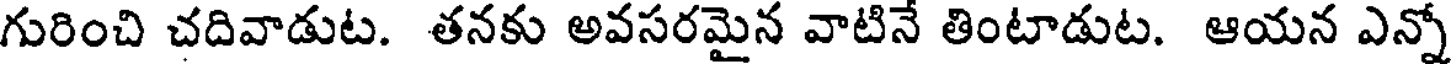
గురించి చదివాడుట. తనకు అవసరమైన వాటినే తింటాడుట. ఆయన ఎన్నో